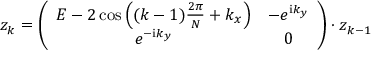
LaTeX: z _ { k } = \left( \begin{array} { c c } { { E - 2 \cos \left( ( k - 1 ) \frac { 2 \pi } { N } + k _ { x } \right) } } & { { - e ^ { { \mathrm i } k _ { y } } } } \\ { { e ^ { - { \mathrm i } k _ { y } } } } & { { 0 } } \end{array} \right) \cdot z _ { k - 1 }